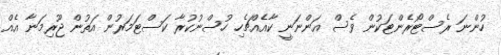
ހުންނަ ރެސްޓޯރެންޓަކުން ވެސް އަންނަނީ ކާއެއްޗެހި ހުސްނުކުރާ ކަސްޓަމަރުން އަތުން ޖޫރިމަނާ އެއް